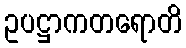
ဥပဋ္ဌာကတရောတိ